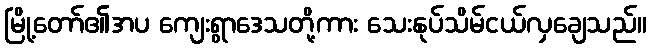
မြို့တော်၏အပ ကျေးရွာဒေသတို့ကား သေးနုပ်သိမ်ငယ်လှချေသည်။